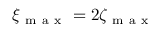
\xi _ { \mathrm { ~ m ~ a ~ x ~ } } = 2 \zeta _ { \mathrm { ~ m ~ a ~ x ~ } }